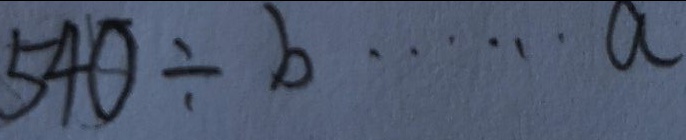
5 4 0 \div b \cdots a